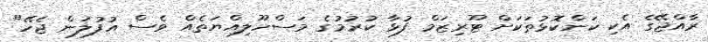
ރާއްޖޭގެ އެކި ކަންކޮޅުތަކަށް ޓޫރިޒަމް ފުޅާ ކުރުމުގެ މަސްހޫލިއްޔަތެއް ވެސް އުފުލަން ޖެހޭ"